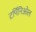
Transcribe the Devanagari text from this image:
टर्पिनिओल